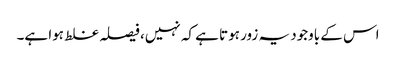
اس کے باوجود یہ زور ہوتا ہے کہ نہیں، فیصلہ غلط ہوا ہے۔